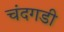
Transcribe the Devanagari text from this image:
चंंदगडी